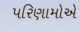
પરિણામોએ